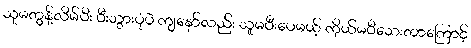
သူမတွန့်လိမ်ပီး ပီးသွားပုံပဲ ကျနော်လည်း သူမပီးပေမယ့် ကိုယ်မပီသေးတာကြောင့်